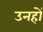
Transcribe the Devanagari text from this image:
उनहों